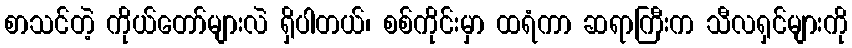
စာသင်တဲ့ ကိုယ်တော်များလဲ ရှိပါတယ်၊ စစ်ကိုင်းမှာ ထရံကာ ဆရာကြီးက သီလရှင်များကို